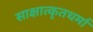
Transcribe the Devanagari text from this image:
साक्षात्कृतधर्मा